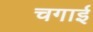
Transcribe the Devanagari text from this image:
चगाई